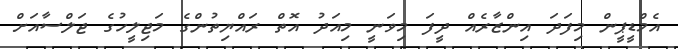
އެމްޑީޕީން މިފަދަ އިންޒާރެއް ދީފަ މިވަނީ މިއަދު އޮތް ރައްޔިތުންގެ މަޖިލީހުގެ ޖަލްސާއަށް